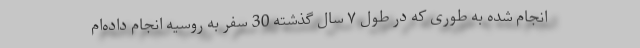
انجام شده به طوری که در طول ۷ سال گذشته 30 سفر به روسیه انجام داده‌ام